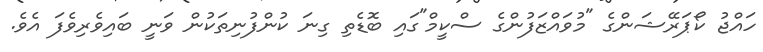
ހައްޖު ކޯޕަރޭޝަންގެ "މުވައްޒަފުންގެ ސްކީމް"ގައި ބޮޑެތި ގިނަ ކުންފުނިތަކުން ވަނީ ބައިވެރިވެފަ އެވެ.